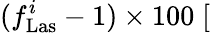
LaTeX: (f_{\mathrm{Las}}^{i}-1)\times 100\; [\